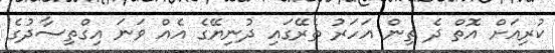
ކުރިއަށް އޮތް ދެ ތިން އަހަރު ތެރޭގައި ދުނިޔޭގެ އެއް ވަނަ އިގްތިސާދުގެ